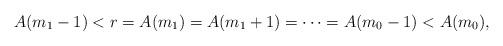
LaTeX: \begin{align*}A(m_1-1)<r=A(m_1 ) =A(m_1+1) = \cdots =A(m_0-1) <A(m_0),\end{align*}